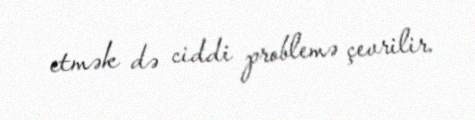
etmək də ciddi problemə çevrilir.